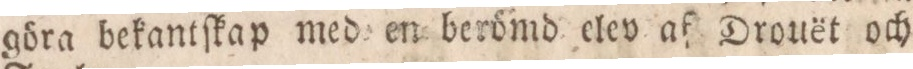
göra bekantſkap med en berömd elev af Drouët och